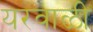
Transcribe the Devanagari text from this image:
यरवाळी